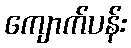
ကျောက်ပန်း